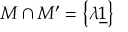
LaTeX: M \cap M ^ { \prime } = \left\{ \lambda \underline { { { 1 } } } \right\}